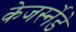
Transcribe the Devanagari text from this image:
केजर्स्नेडे